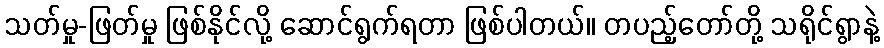
သတ်မှု-ဖြတ်မှု ဖြစ်နိုင်လို့ ဆောင်ရွက်ရတာ ဖြစ်ပါတယ်။ တပည့်တော်တို့ သရိုင်ရွာနဲ့